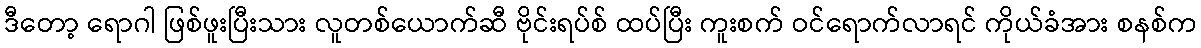
ဒီတော့ ရောဂါ ဖြစ်ဖူးပြီးသား လူတစ်ယောက်ဆီ ဗိုင်းရပ်စ် ထပ်ပြီး ကူးစက် ဝင်ရောက်လာရင် ကိုယ်ခံအား စနစ်က